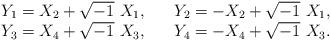
LaTeX: \begin{align*}\begin{array}{ll}Y_1=X_2+\sqrt{-1}\ X_1,\quad & Y_2=-X_2+\sqrt{-1}\ X_1,\\Y_3=X_4+\sqrt{-1}\ X_3,\quad & Y_4=-X_4+\sqrt{-1}\ X_3.\end{array}\end{align*}